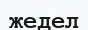
жедел